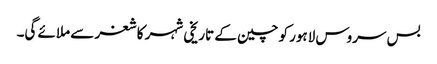
بس سروس لاہور کو چین کے تاریخی شہر کاشغر سے ملائے گی۔